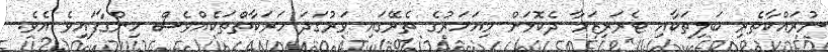
ނުރައްކާތެރި ބަލިތަކާއި ޓެރަރިޒަމާ ދެކޮޅަށް މިއަހަރުގެ ތެރޭގައި ވަރުގަދަ ހަރަކާތްތަކެއްވެސް ހިންގާފައިވެ އެވެ.